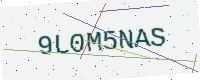
Text: 9L0M5NAS